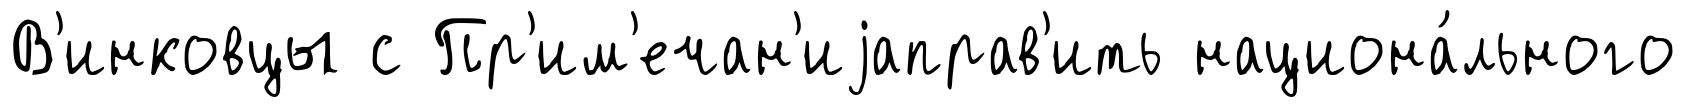
В'инковцы с Пр'им'ечан'иjаправ'ить национа́льного